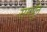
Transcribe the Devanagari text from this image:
समर्पून